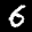
Label: 6